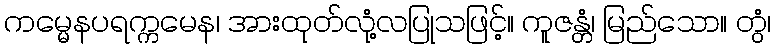
ကမ္မေနပရက္ကမေန၊ အားထုတ်လုံ့လပြုသဖြင့်။ ကူဇန္တံ၊ မြည်သော။ တွံ၊